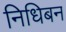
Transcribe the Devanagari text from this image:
निधिबन